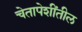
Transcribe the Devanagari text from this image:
चेतापेशींतील